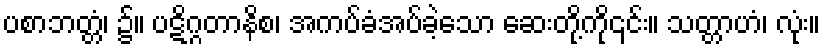
ပစာဘတ္တံ၊ ၌။ ပဋိဂ္ဂတာနိစ၊ အကပ်ခံအပ်ခဲ့သော ဆေးတို့ကို၎င်း။ သတ္တာဟံ၊ လုံး။